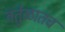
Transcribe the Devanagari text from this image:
वर्तुळातच